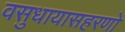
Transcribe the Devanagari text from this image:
वसुधायासहरणो